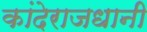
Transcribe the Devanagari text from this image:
कांदेराजधानी